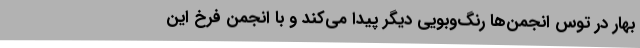
بهار در توس انجمن‌ها رنگ‌وبویی دیگر پیدا می‌کند و با انجمن فرخ این